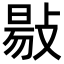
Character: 𢾙